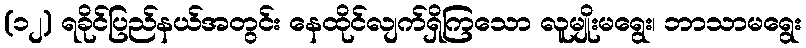
(၁၂) ရခိုင်ပြည်နယ်အတွင်း နေထိုင်လျက်ရှိကြသော လူမျိုးမရွေး၊ ဘာသာမရွေး